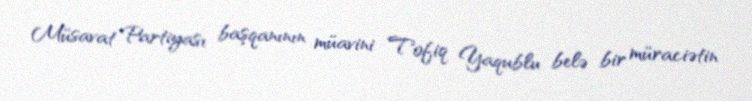
Müsavat Partiyası başqanının müavini Tofiq Yaqublu belə bir müraciətin